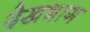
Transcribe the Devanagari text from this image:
देखभाग